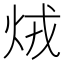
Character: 𤇽